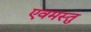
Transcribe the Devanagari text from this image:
एवमस्तु